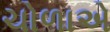
ચોળાએ